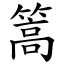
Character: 篙